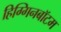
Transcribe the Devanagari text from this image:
हिग्गिनबॉटम